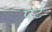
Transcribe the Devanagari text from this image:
पर्ट